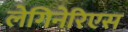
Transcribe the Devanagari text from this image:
लेगिनेरिएस